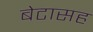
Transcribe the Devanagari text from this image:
बेटासह